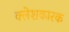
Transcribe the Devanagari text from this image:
क्लेशकारक